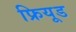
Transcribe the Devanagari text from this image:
फ्रियूड